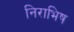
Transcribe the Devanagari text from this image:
निराभिष